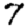
Digit: 7